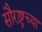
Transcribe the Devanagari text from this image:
सौराष्ट्रच्या